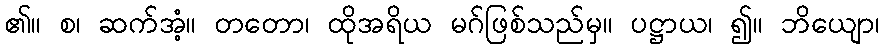
၏။ စ၊ ဆက်အံ့။ တတော၊ ထိုအရိယ မဂ်ဖြစ်သည်မှ။ ပဋ္ဌာယ၊ ၍။ ဘိယျော၊